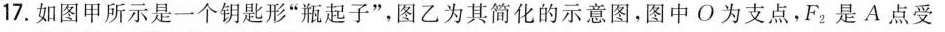
17.如图甲所示是一个钥匙形”瓶起子”，图乙为其简化的示意图，图中O为支点，F_{2}是A点受